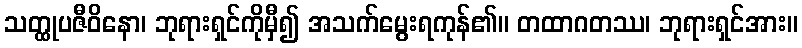
သတ္ထုပဇီဝိနော၊ ဘုရားရှင်ကိုမှီ၍ အသက်မွေးရကုန်၏။ တထာဂတဿ၊ ဘုရားရှင်အား။